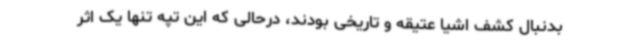
بدنبال کشف اشیا عتیقه و تاریخی بودند، درحالی که این تپه تنها یک اثر